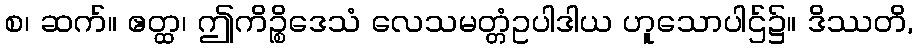
စ၊ ဆက်။ ဧတ္ထ၊ ဤကိဉ္စိဒေသံ လေသမတ္တံဥပါဒါယ ဟူသောပါဌ်၌။ ဒိဿတိ,